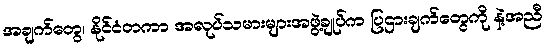
အချက်တွေ၊ နိုင်ငံတကာ အလုပ်သမားများအဖွဲ့ချုပ်က ပြဌားချက်တွေကို နဲ့အညီ